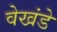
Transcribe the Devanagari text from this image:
वेखंडे